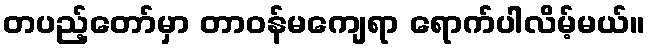
တပည့်တော်မှာ တာဝန်မကျေရာ ရောက်ပါလိမ့်မယ်။